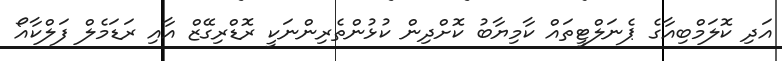
އަދި ކޮލަމްބިއާގެ ޕެނަލްޓީތައް ކާމިޔާބު ކޮށްދިން ކުޅުންތެރިންނަކީ ރޮޑްރިގޭޒް އާއި ރަޑަމެލް ފަލްކާއޯ